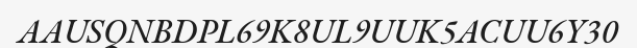
AAUSQNBDPL69K8UL9UUK5ACUU6Y30